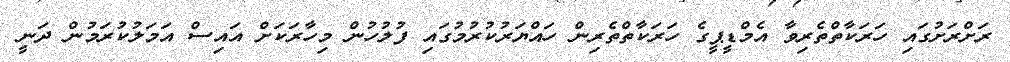
ރަށްރަށުގައި ހަރަކާތްތެރިވާ އެމްޑީޕީގެ ހަރަކާތްތެރިން ހައްޔަރުކުރުމުގައި ފުލުހުން މިހާރަކަށް އައިސް އަމަލުކުރަމުން ދަނީ